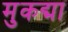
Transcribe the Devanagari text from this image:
मुकद्मा